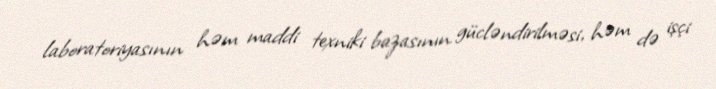
laboratoriyasının həm maddi texniki bazasının gücləndirilməsi, həm də işçi